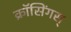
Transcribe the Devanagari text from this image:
क्रॉसिंगस्